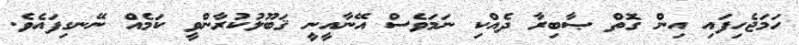
ހަމަޖެހިފައި އިން ގޮތް ޞާބިރާ ދެއްކި ނަމަވެސް އޭނާއީނީ ޤަބޫލުކުރާންވީ ކަމެއް ނޭނގިފައެވެ.